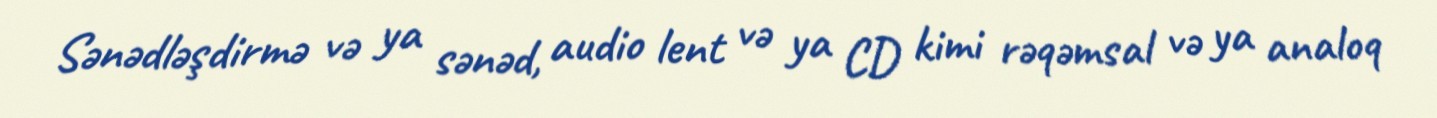
Sənədləşdirmə və ya sənəd, audio lent və ya CD kimi rəqəmsal və ya analoq